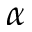
\alpha